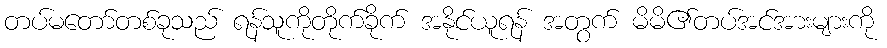
တပ်မတော်တစ်ခုသည် ရန်သူကိုတိုက်ခိုက် အနိုင်ယူရန် အတွက် မိမိ၏တပ်အင်အားများကို